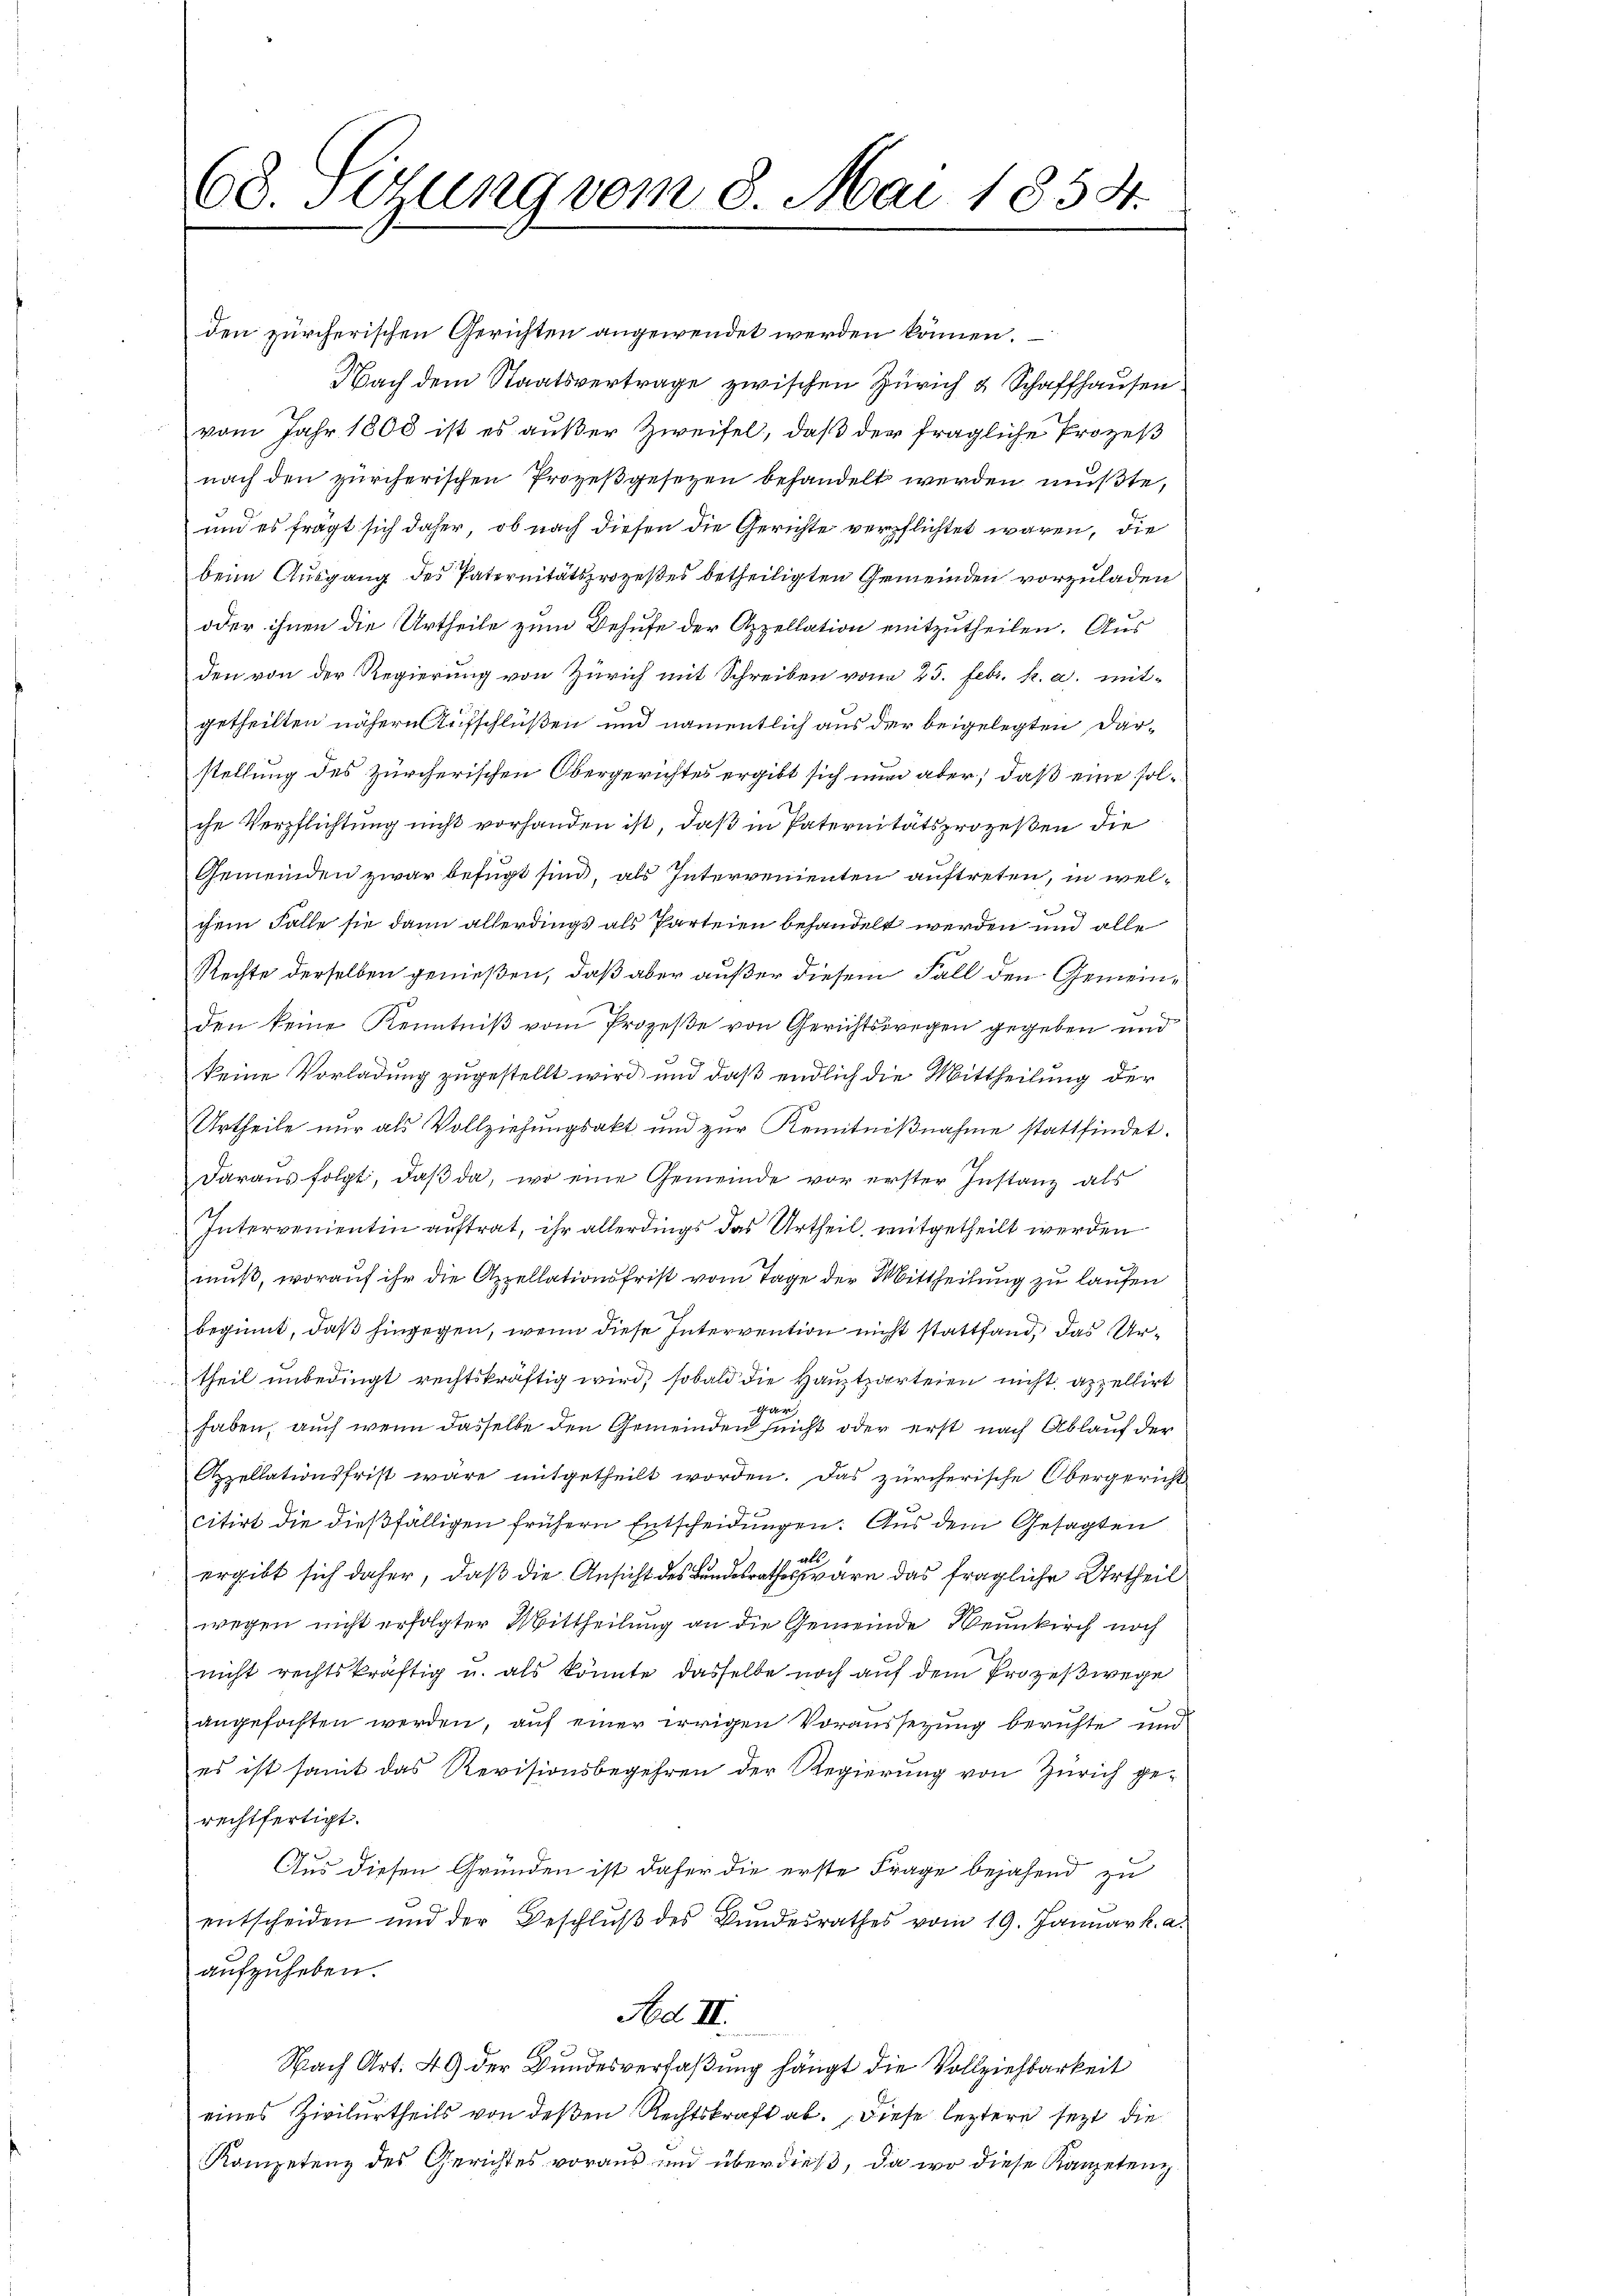
68. Setzung vom 8. Mai 1854.

den zürcherischen Gerichten angewendet werden können.
Nach dem Staatsvertrage zwischen Zürich & Schaffhausen
vom Jahr 1808 ist es außer Zweifel, daß der fragliche Prozeß
nach den zürcherischen Prozeßgesezen behandelt werden müßte,
und es fragt sich daher, ob nach diesen die Gerichte verpflichtet waren, die
beim Ausgang des Paternitätsprozeßes betheiligten Gemeinden vorzuladen
oder ihnen die Urtheile zum Behufe der Appellation mitzutheilen. Aus
den von der Regierung von Zürich mit Schreiben vom 23. Febr. h. a. mitgetheilten nähern Aufschlüßen und namentlich aus der beigelegten Darstellung des Zürcherischen Obergerichtes ergibt sich nun aber, daß eine solche Verpflichtung nicht vorhanden ist, daß in Paternitätsprozeßen die
Gemeinden zwar befügt sind, als Interreienten auftreten, in welchem Falle sie dann allerdings als Parteien behandelt werden und alle
Rechte derselben genießen, daß aber außer diesem Fall den Gemeinden keine Kenntniβ vom Prozeße von Gerichtswegen gegeben und
keine Vorladung zugestellt wird und daß endlich die Mittheilung der
Urtheile nur als Vollziehungsakt und zur Kenntnißnahme stattfindet.
daraus folgt, daβ da, wo eine Gemeinde vor erster Instanz als
Intervenientin auftrat, ihr allerdings das Urtheil, mitgetheilt werden
muß, worauf ihr die Appellationsfrist vom Tage der Mittheilung zu laufen
beginnt, daß hingegen, wenn diese Intervention nicht stattfand, das Urtheil unbedingt rechtskräftig wird, sobald die Hauptzarteien nicht appellirt
Ger
haben, auch wenn dasselbe den Gemeinden seicht oder erst nach Ablauf der
Appellationsfrist wäre mitgetheilt worden. Das zürcherische Obergericht
citirt die dießfälligen frühern Entscheidungen: Aus dem Gesagten
als
ergibt sich daher, daß die Ansicht des Bundesrathes wäre das fragliche Urtheil
wegen nicht erfolgter Mittheilung an die Gemeinde Weinkirch noch
nicht rechtskräftig u. als könnte dasselbe noch auf dem Prozeßwege
angefochten werden, auf einer irrigen Voraussezung berichte und
es ist somit das Revisionsbegehren der Regierung von Zürich gerechtfertigt.
Aus diesen Gründen ist daher die erste Frage bejahend zu
entscheiden und der Beschluß des Bundesrathes vom 19. Januark. a.
aufzuheben.
Ad II.
Nach Art. 49 der Bundesverfaßung hängt die Vollziehbarkeit
eines Zivilurtheils von deßen Rechtskraft ab. Diese leztere sezt die
Kompetenz des Gerichtes voraus und überdieß, da wo diese Kanzetenz